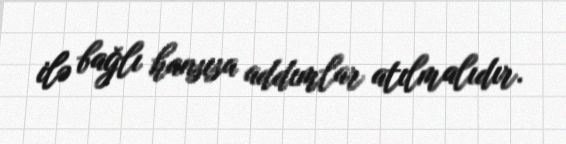
ilə bağlı hansısa addımlar atılmalıdır.